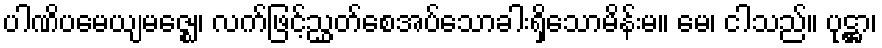
ပါဏိပမေယျမဇ္ဈေ၊ လက်ဖြင့်ညွှတ်စေအပ်သောခါးရှိသောမိန်းမ။ မေ၊ ငါသည်။ ပုဋ္ဌာ၊